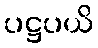
ပဋ္ဌပယိ